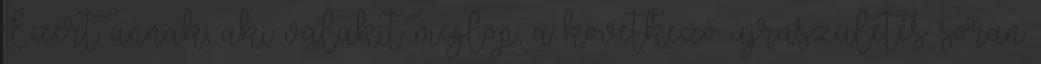
Ezért annak, aki valakit meglop, a következő újraszületés során